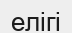
елігі